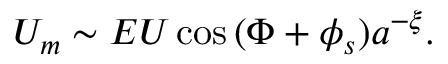
U _ { m } \sim E U \cos { ( \Phi + \phi _ { s } ) } a ^ { - \xi } .